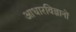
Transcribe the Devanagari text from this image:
आधारविज्ञानों